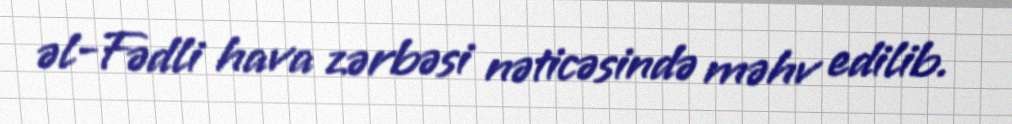
əl-Fədli hava zərbəsi nəticəsində məhv edilib.